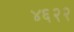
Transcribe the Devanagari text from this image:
४६२२